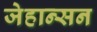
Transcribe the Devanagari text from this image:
जेहान्सन